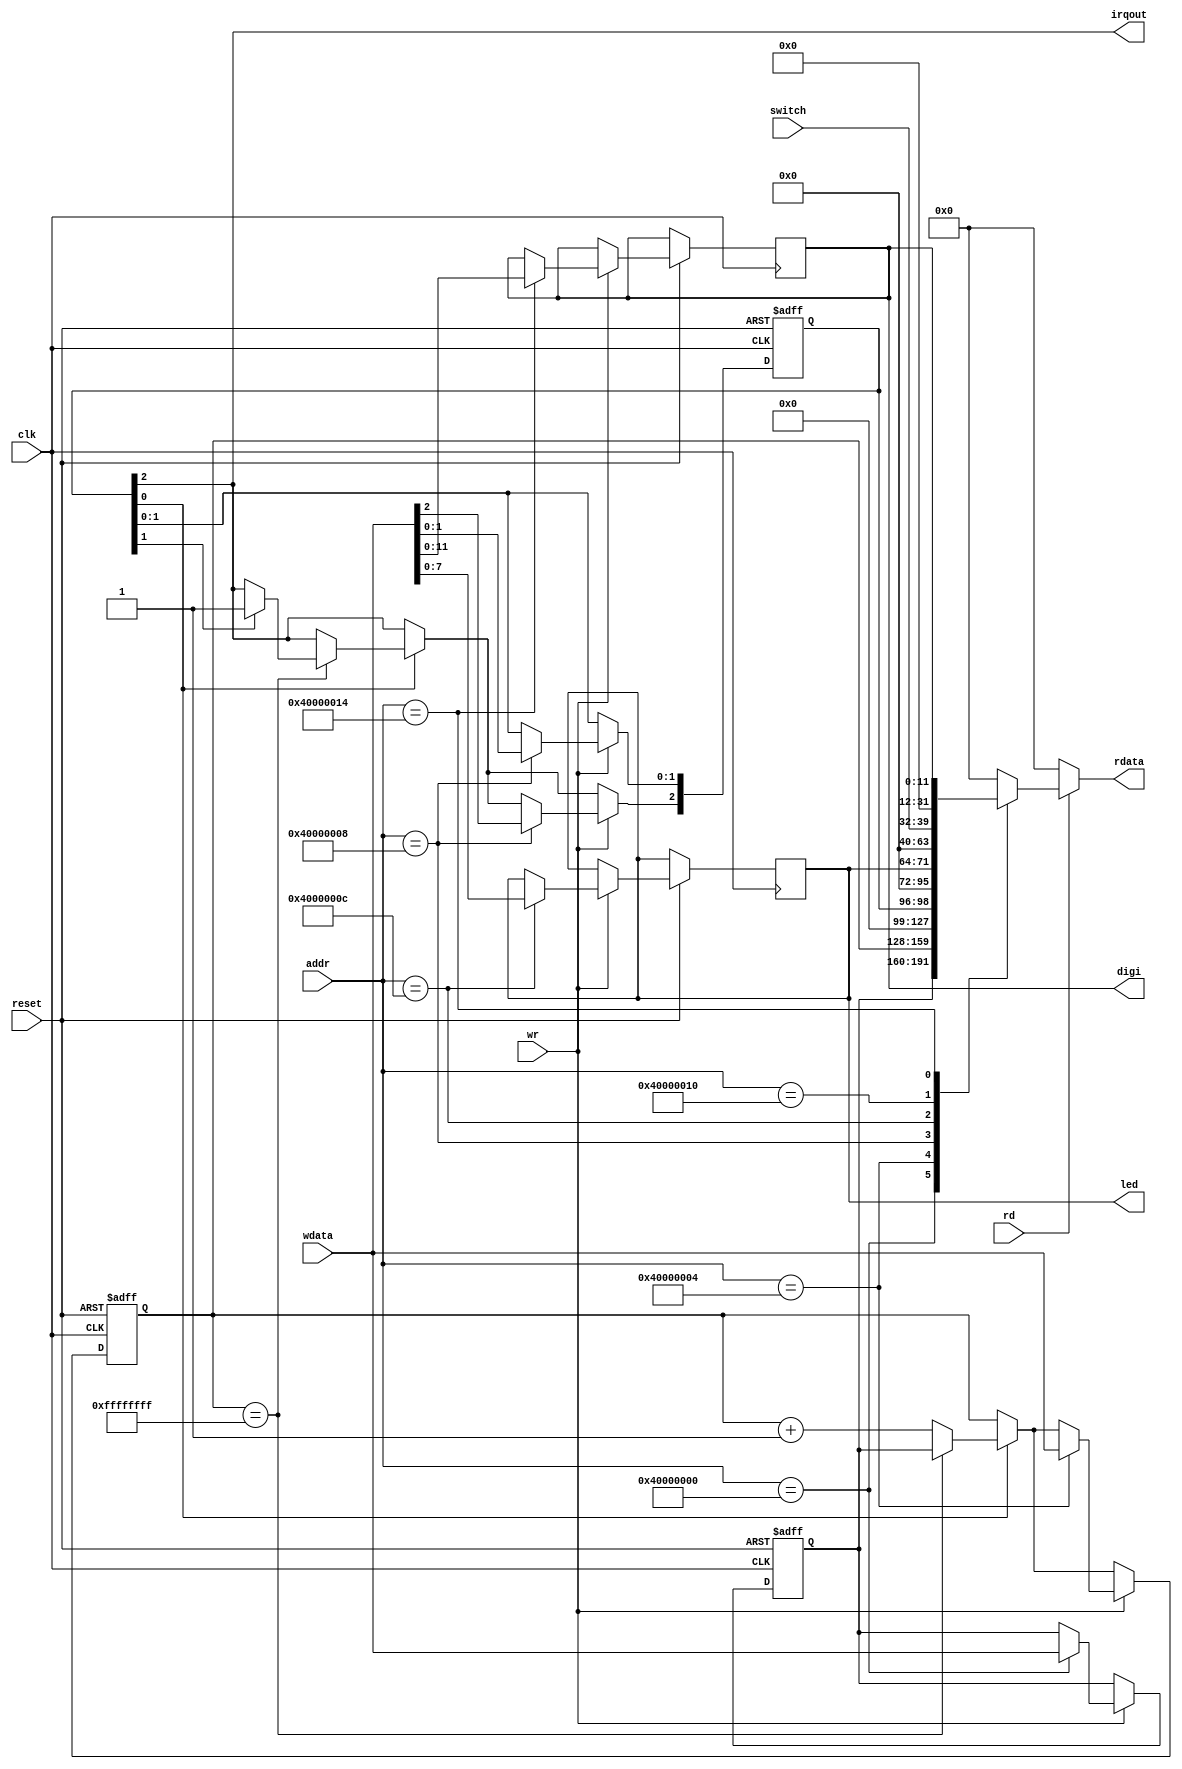
`timescale 1ns/1ps



//LED, switch, ????????????????I/O

module Peripheral (reset, clk, rd, wr, addr, wdata, rdata,

    led, switch, digi, irqout);

    input reset, clk;

    input rd, wr;

    input [31:0] addr;      //??????

    input [31:0] wdata;

    output [31:0] rdata;

    reg [31:0] rdata;

    

//LED

    output [7:0] led;

    reg [7:0] led;

//switch

    input [7:0] switch;

//digi

    output [11:0] digi;

    reg [11:0] digi;    //digi[0:7] CA~CG?DP??????, digi[8:11] AN0~AN3???????



//timer

    reg [31:0] TH,TL;

    reg [2:0] TCON;

    output irqout;

    assign irqout = TCON[2];    //???????



    always@(*) begin

        if(rd) begin

            case(addr)

                32'h4000_0000: rdata = TH;

                32'h4000_0004: rdata = TL;

                32'h4000_0008: rdata = {29'b0, TCON};

                32'h4000_000C: rdata = {24'b0, led};

                32'h4000_0010: rdata = {24'b0, switch};

                32'h4000_0014: rdata = {20'b0, digi};

                default: rdata = 32'b0;

            endcase

        end

        else

            rdata = 32'b0;

    end



    always@(negedge reset or posedge clk) begin

        if(~reset) begin

            TH <= 32'b0;

            TL <= 32'b0;

            TCON <= 3'b0;

        end

        else begin

            if(TCON[0]) begin    //timer is enabled

                if(TL==32'hffffffff) begin

                    TL <= TH;   //????TH???32'hffffffff

                    if(TCON[1]) TCON[2] <= 1'b1;        //irq is enabled

                end

                else TL <= TL + 1;

            end

            

            if(wr) begin

                case(addr)

                    32'h4000_0000: TH <= wdata;

                    32'h4000_0004: TL <= wdata;

                    32'h4000_0008: TCON <= wdata[2:0];

                    32'h4000_000C: led <= wdata[7:0];

                    32'h4000_0014: digi <= wdata[11:0];

                    default: ;

                endcase

            end

        end

    end

endmodule